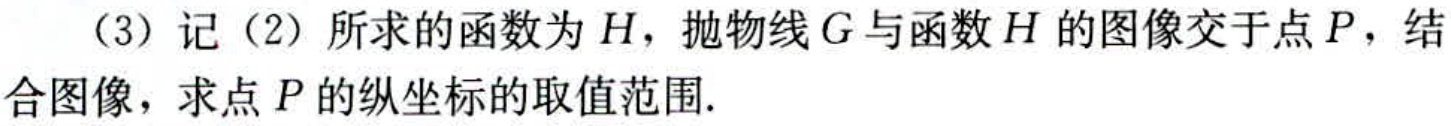
（3）记（2）所求的函数为\(H\)，抛物线\(G\)与函数\(H\)的图像交于点\(P\)，结合图像，求点\(P\)的纵坐标的取值范围.